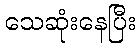
သေဆုံးနေပြီး